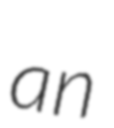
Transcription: an